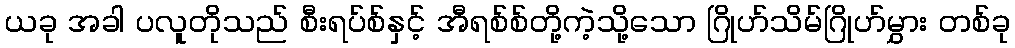
ယခု အခါ ပလူတိုသည် စီးရပ်စ်နှင့် အီရစ်စ်တို့ကဲ့သို့သော ဂြိုဟ်သိမ်ဂြိုဟ်မွှား တစ်ခု